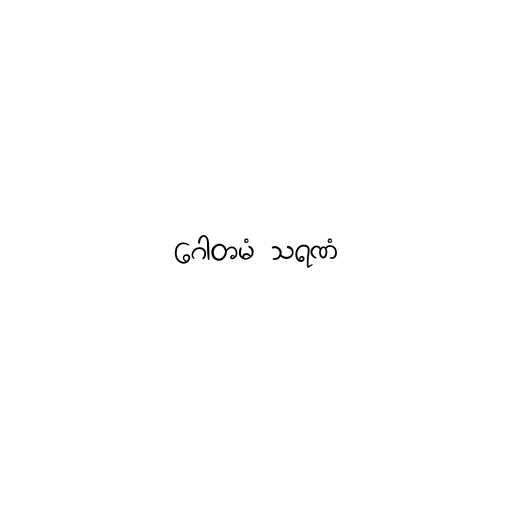
ဂေါတမံ သရဏံ